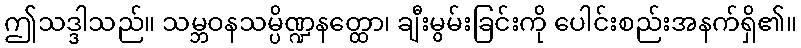
ဤသဒ္ဒါသည်။ သမ္ဘဝနသမ္ပိဏ္ဍနတ္ထော၊ ချီးမွမ်းခြင်းကို ပေါင်းစည်းအနက်ရှိ၏။